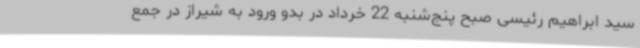
سید ابراهیم رئیسی صبح پنج‌شنبه 22 خرداد در بدو ورود به شیراز در جمع